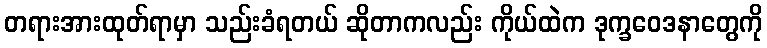
တရားအားထုတ်ရာမှာ သည်းခံရတယ် ဆိုတာကလည်း ကိုယ်ထဲက ဒုက္ခဝေဒနာတွေကို